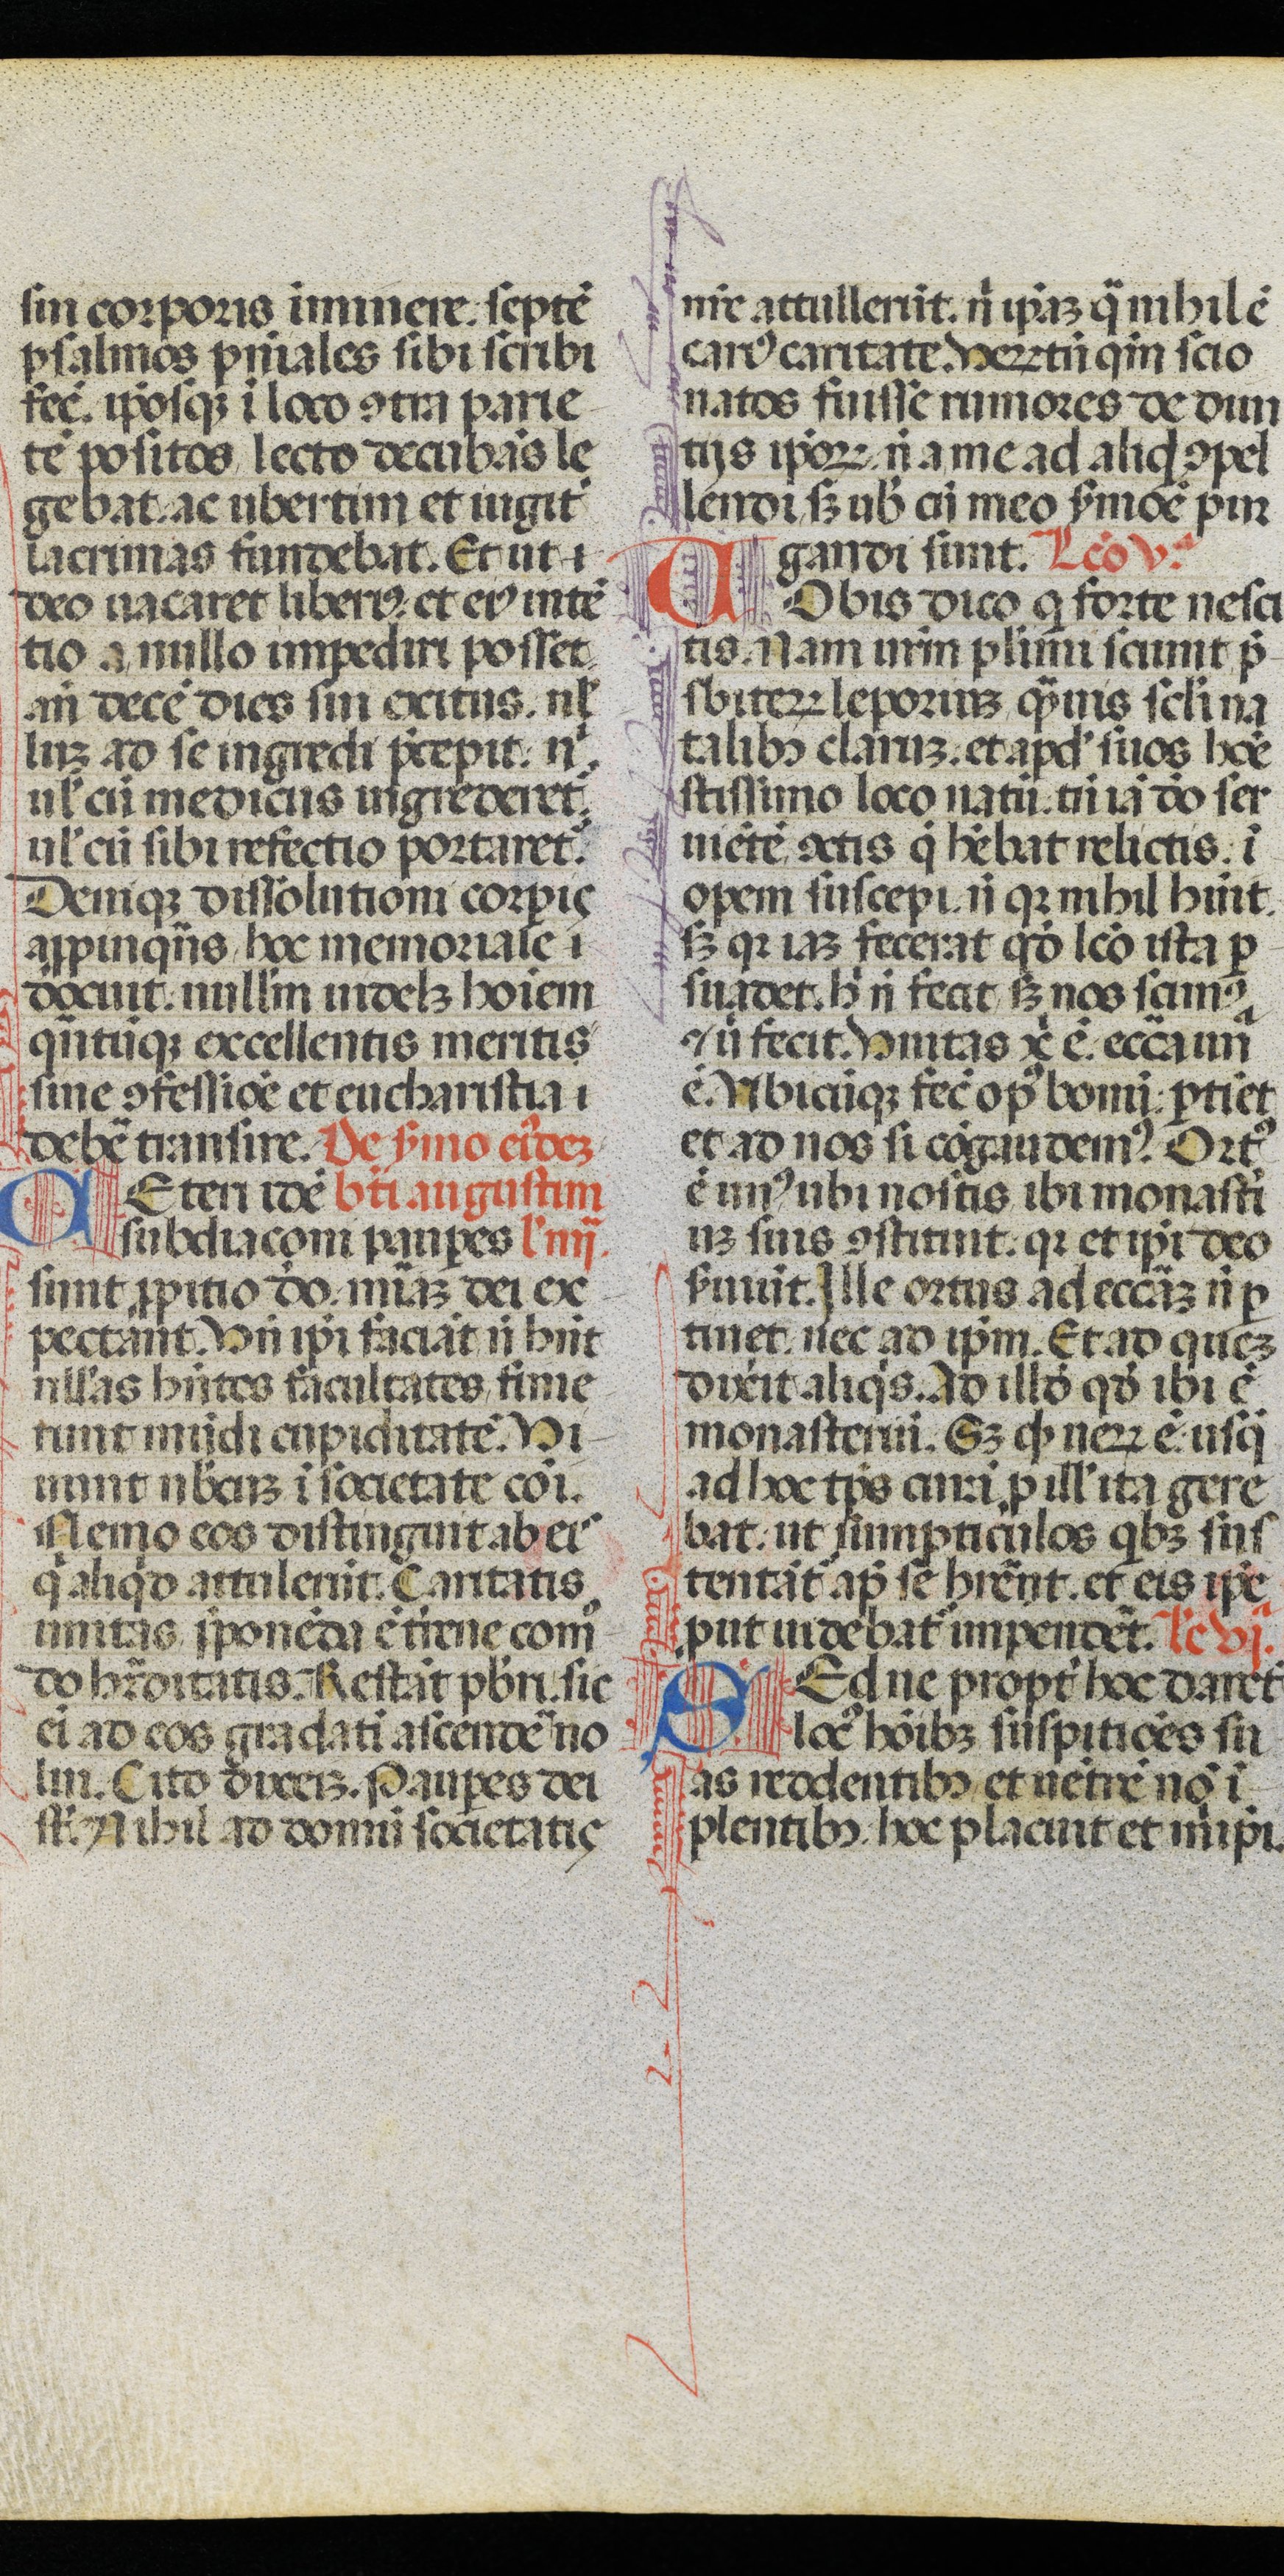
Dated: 1470–1471